Uue-Poltsamaa_vallakohus, lk 83
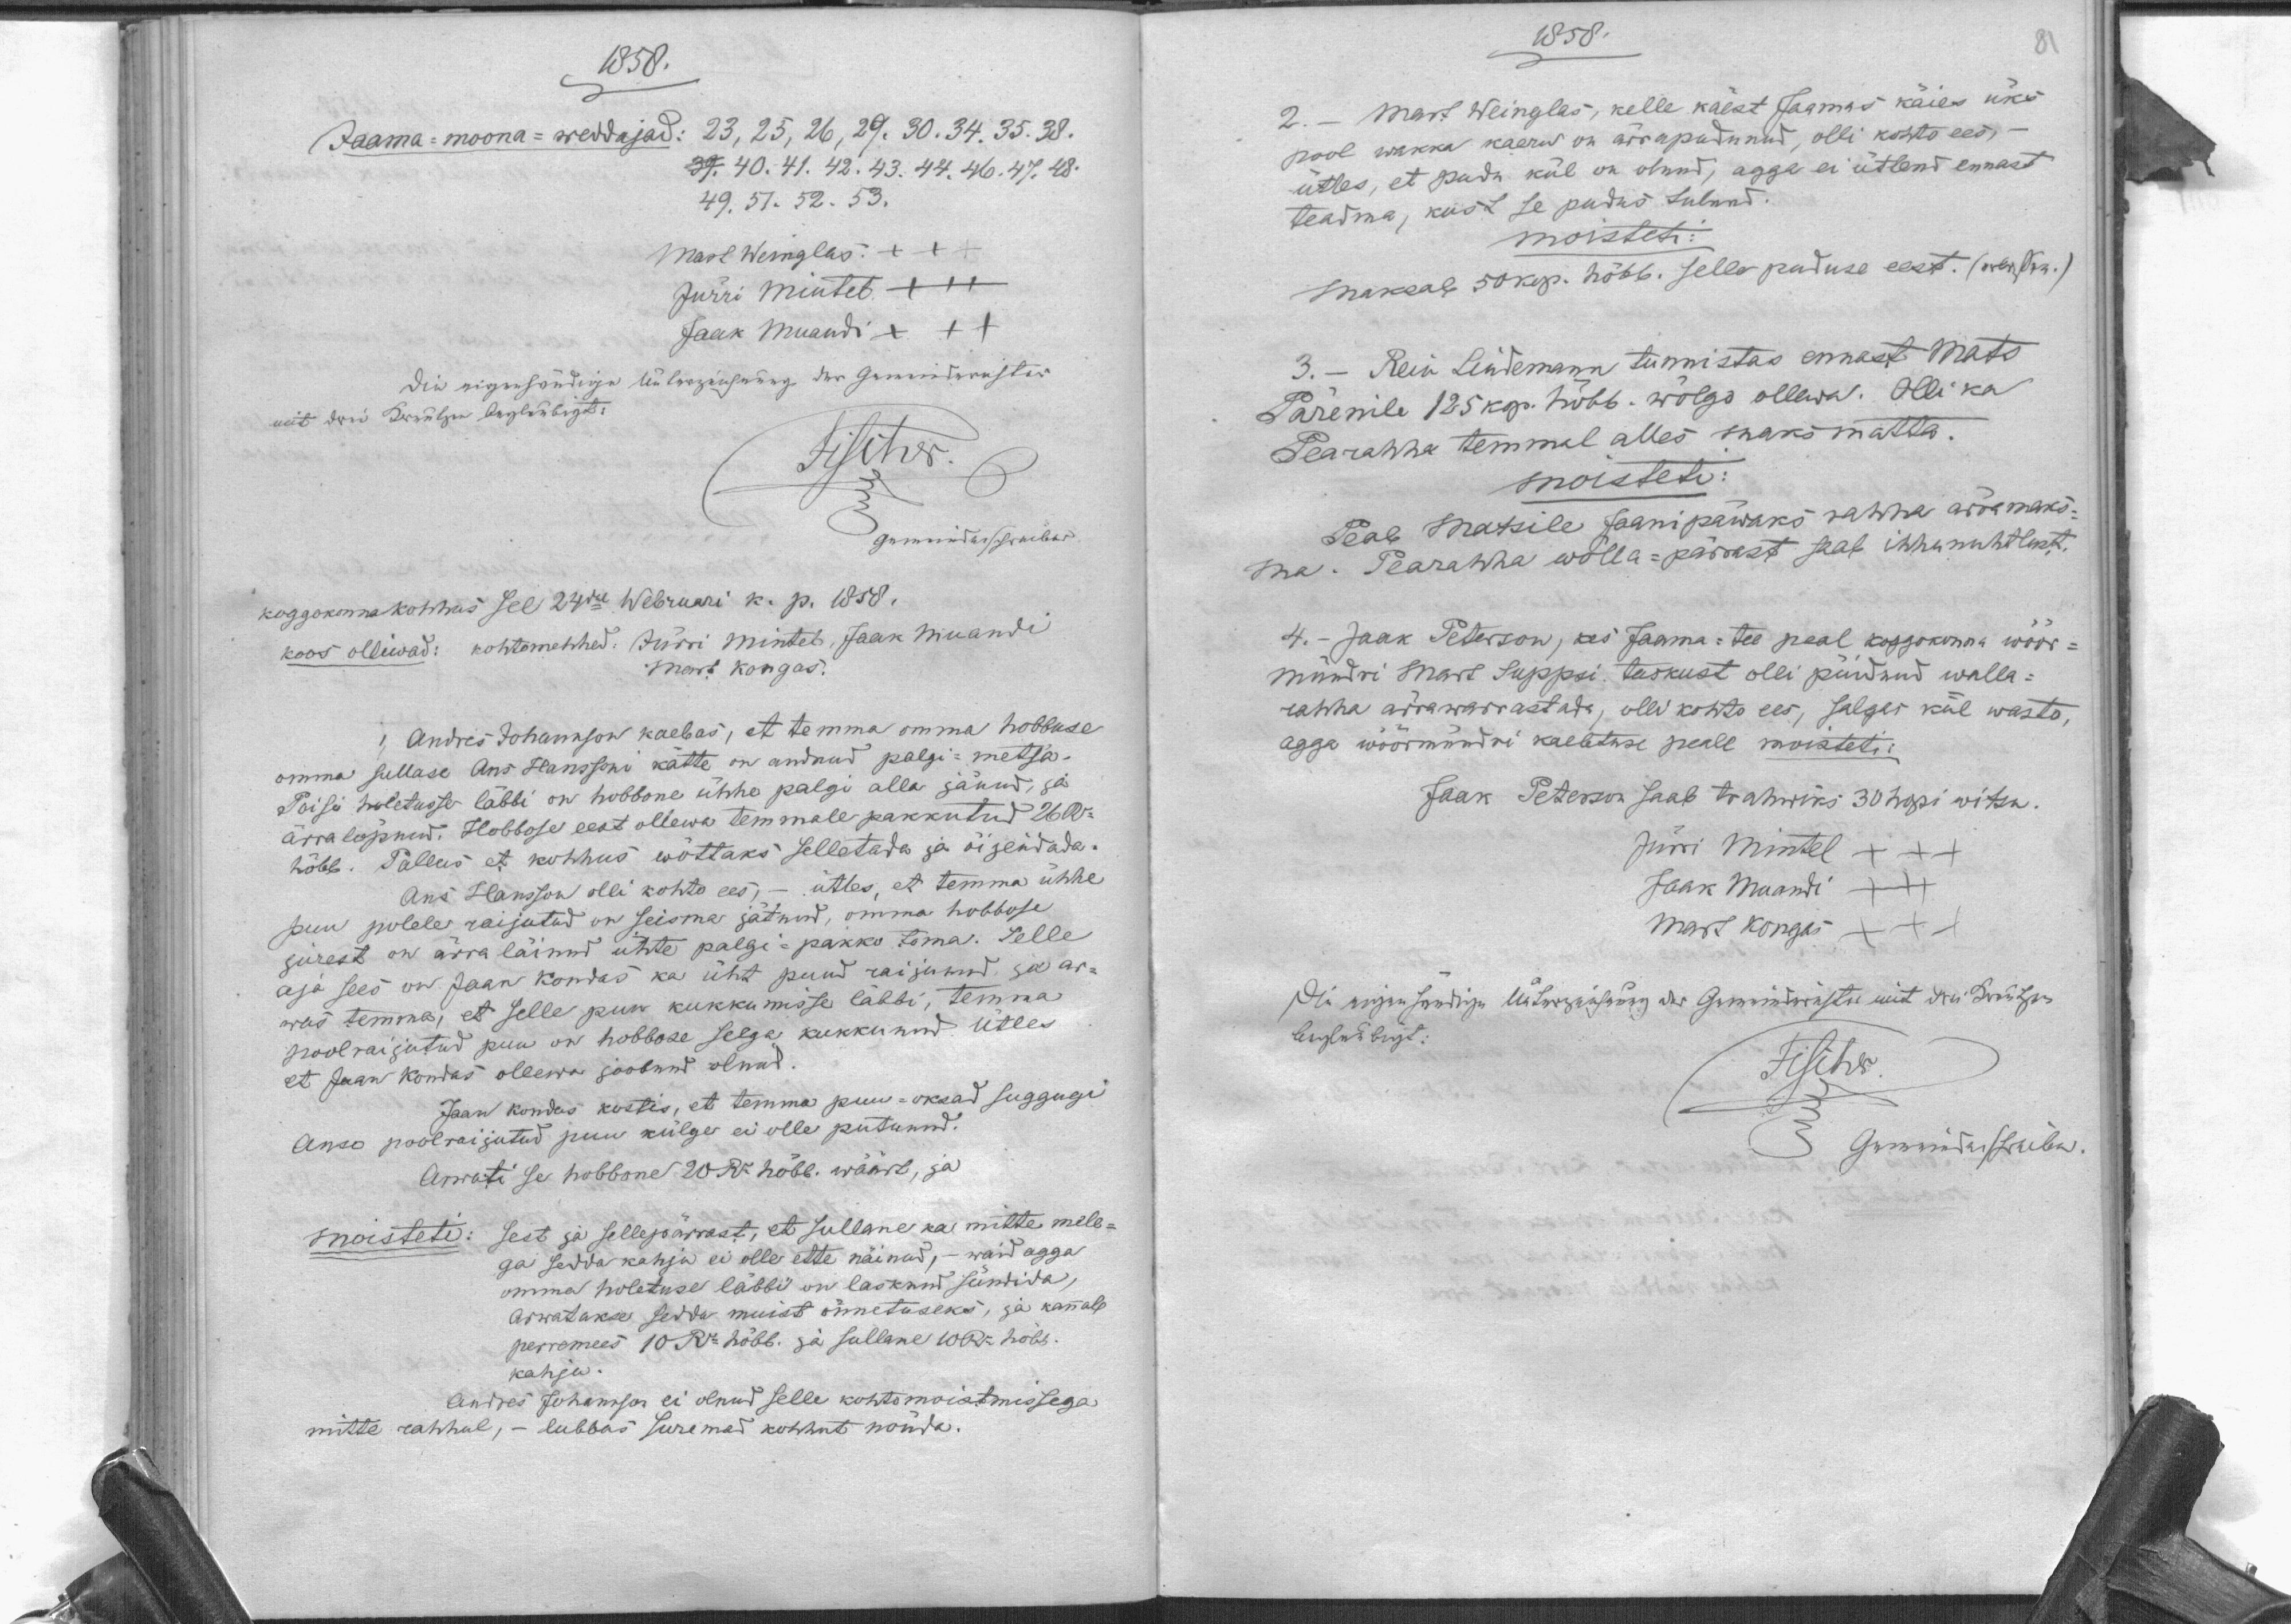
1858.
23, 25, 26, 29. 30. 34. 35. 38.
Jaama-moona-weddajad:
39. 40. 41. 42. 43. 44. 46. 47. 48.
49. 51. 52. 53.
Mart Weinglas XXX
Jürri Mintel XXX
Jaak Muandi XXX
Koggokonna kohhus sel 24dal Webruari k. p. 1858.
koos olliwad: kohtomehhed. Jürri Mintel, Jaak Muandri
Mart Kongas.
1, Andres Johannson kaebas, et temma omma hobbuse
omma sullase Ans Hanssoni kätte on andnud palgi metsa-
Poisi waletusse läbbi on hobbone ühhe palgi alla jänud, ja
ärra lõpnud. Hobbose eest ollewa temmale pakkutud 26 Ru
hõbb. Pallus et kohhus wõttaks selletada ja õijendada.
Ans Hansson olli kohto ees, ütles, et temma ühhe
puu polele raijutud on seisma jätnud, omma hobbuse
jurest on ärra läinud ühte palgi-pakko toma. Selle
aja sees on Jaan Kondas ka üht puud raijunud ja ar-
was temma, et selle puu kukkumisse läbbi, temma
poolraijutud puu on hobbose selga kukkunud ütles
et Jaan Kondas ollewa joobnud olnud.
Jaan Kondas kostis, et temma puu-oksad suggugi
Anso poolraijutud puu külge ei olle putunud.
Arwati se hobbone 20 Ru hõbb. wäärt, ja
sest ja sellepärrast, et sullane ka mitte mele-
moisteti:
ga sedda kahju ei olle ette näinud, - waid agga
omma holetuse läbbi on lasknud sündida,
arwatakse sedda muist õnnetuseks, ja kannab
perremees 10 Ru hõbb. ja Sullane 10 Ru hõbb.
kahju.
Andres Johanson ei olnud selle kohtomoistmissega
mitte rahhul, - lubbas suremad kohhut nõuda.

1858.
2. - Mart Weinglas, kelle käest Jaamas käies üks 
pool wakka kaera on ärrapudunud, olli kohto ees,
ütles, et pudu kül on olnud agga ei ütlend ennast
teadma, kust se pudus tulnud.
moisteti:
maksab 50kop. hõbb. selle puduse eest.
3. - Rein Lindemann tunnistas ennast Mats
Pärenile 125 kop. hõbb. wõlgo ollewa. Olli ka
Pearahha temmal alles maksmatta.
moisteti:
Peab Matsile Jaanipäwaks rahha ärramaks-
ma. Pearahha wõlla-pärrast saab ihhunuhtlust.
4. - Jaak Peterson, kes Jaama-tee peal koggokonna wõõr-
mündri Mart Suppsi taskust olli püidnud walla-
rahha ärrawarrastada, olli kohto ees, salgas kül wasto,
agga wöörmündri kaebtuse peale moisteti:
Jaak Peterson saab trahwiks 30 hopi witsa.
Jürri Mintel XXX
Jaak Muandi
XXX
Mart Kongas